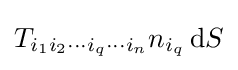
T_{i_{1}i_{2}\cdots i_{q}\cdots i_{n}}n_{i_{q}}\,\mathrm {d} S